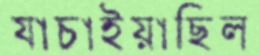
যাচাইয়াছিল